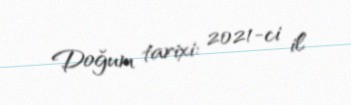
Doğum tarixi: 2021-ci il